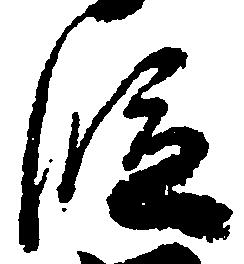
段